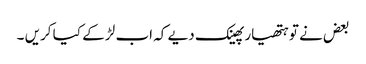
بعض نے تو ہتھیار پھینک دیے کہ اب لڑ کے کیا کریں ۔